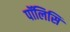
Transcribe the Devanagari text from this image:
पॉलिसि